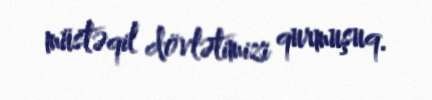
müstəqil dövlətimizi qurmuşuq.